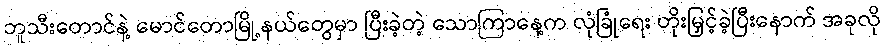
ဘူသီးတောင်နဲ့ မောင်တောမြို့နယ်တွေမှာ ပြီးခဲ့တဲ့ သောကြာနေ့က လုံခြုံရေး တိုးမြှင့်ခဲ့ပြီးနောက် အခုလို